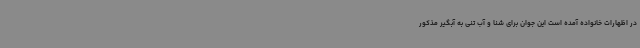
در اظهارات خانواده آمده است این جوان برای شنا و آب تنی به آبگیر مذکور